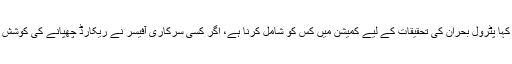
چیف جسٹس قاسم خان نے کہا پٹرول بحران کی تحقیقات کے لیے کمیشن میں کس کو شامل کرنا ہے، اگر کسی سرکاری آفیسر نے ریکارڈ چھپانے کی کوشش کی سخت کارروائی ہوگی۔